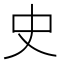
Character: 史